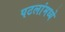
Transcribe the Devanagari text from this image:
पटलांमध्ये